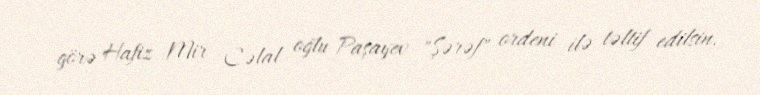
görə Hafiz Mir Cəlal oğlu Paşayev "Şərəf" ordeni ilə təltif edilsin.